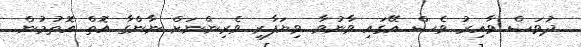
ދުވަސް ވާއިރު ވެސް އޭގައި ވާނުވާ ވިޔަފާރި ވެރިންނަށް ނާންގާ އޮތް އޮތުމުން